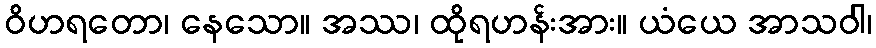
ဝိဟရတော၊ နေသော။ အဿ၊ ထိုရဟန်းအား။ ယံယေ အာသဝါ၊